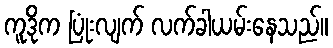
ကူဒိုက ပြုံးလျက် လက်ခါယမ်းနေသည်။